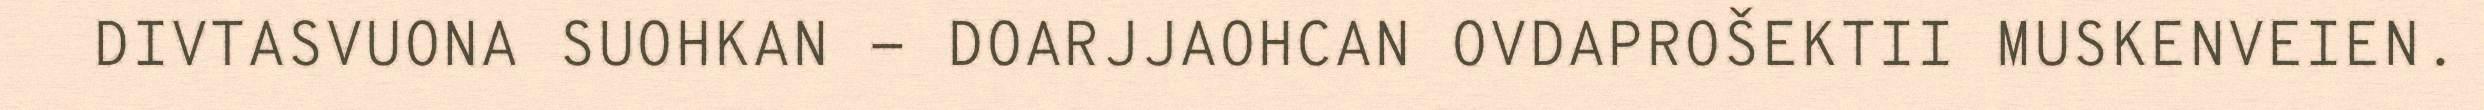
DIVTASVUONA SUOHKAN - DOARJJAOHCAN OVDAPROŠEKTII MUSKENVEIEN.